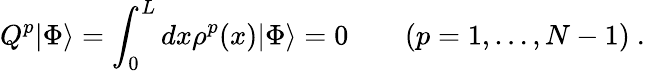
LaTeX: Q^{p}|\Phi\rangle=\int_{0}^{L}dx\rho^{p}(x)|\Phi\rangle=0\quad\quad(p=1,\ldots,N-1)\ .